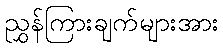
ညွှန်ကြားချက်များအား